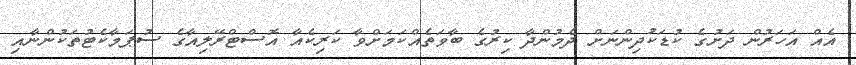
އެއް އަހަރުން ދަށުގެ ކުޑަކުދިންނަށް ދެމުންދާ ކިރުގެ ބާވަތެއްކަމަށްވާ ކަރިކެއާ އޮސްޓްރޭލިއާގެ ސުޕަމާކެޓުތަކުންނާއި